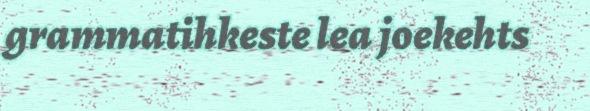
grammatihkeste lea joekehts